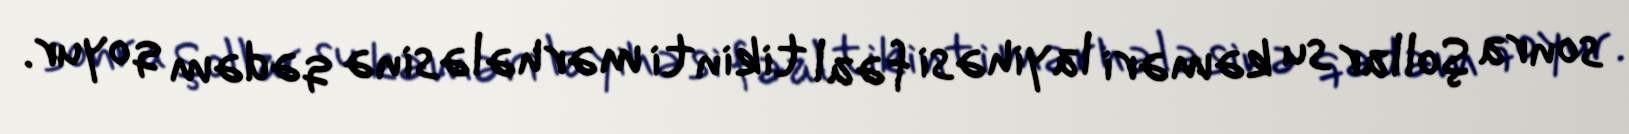
sonra Şollar su kəməri layihəsi fəal tikinti mərhələsinə qədəm qoyur.